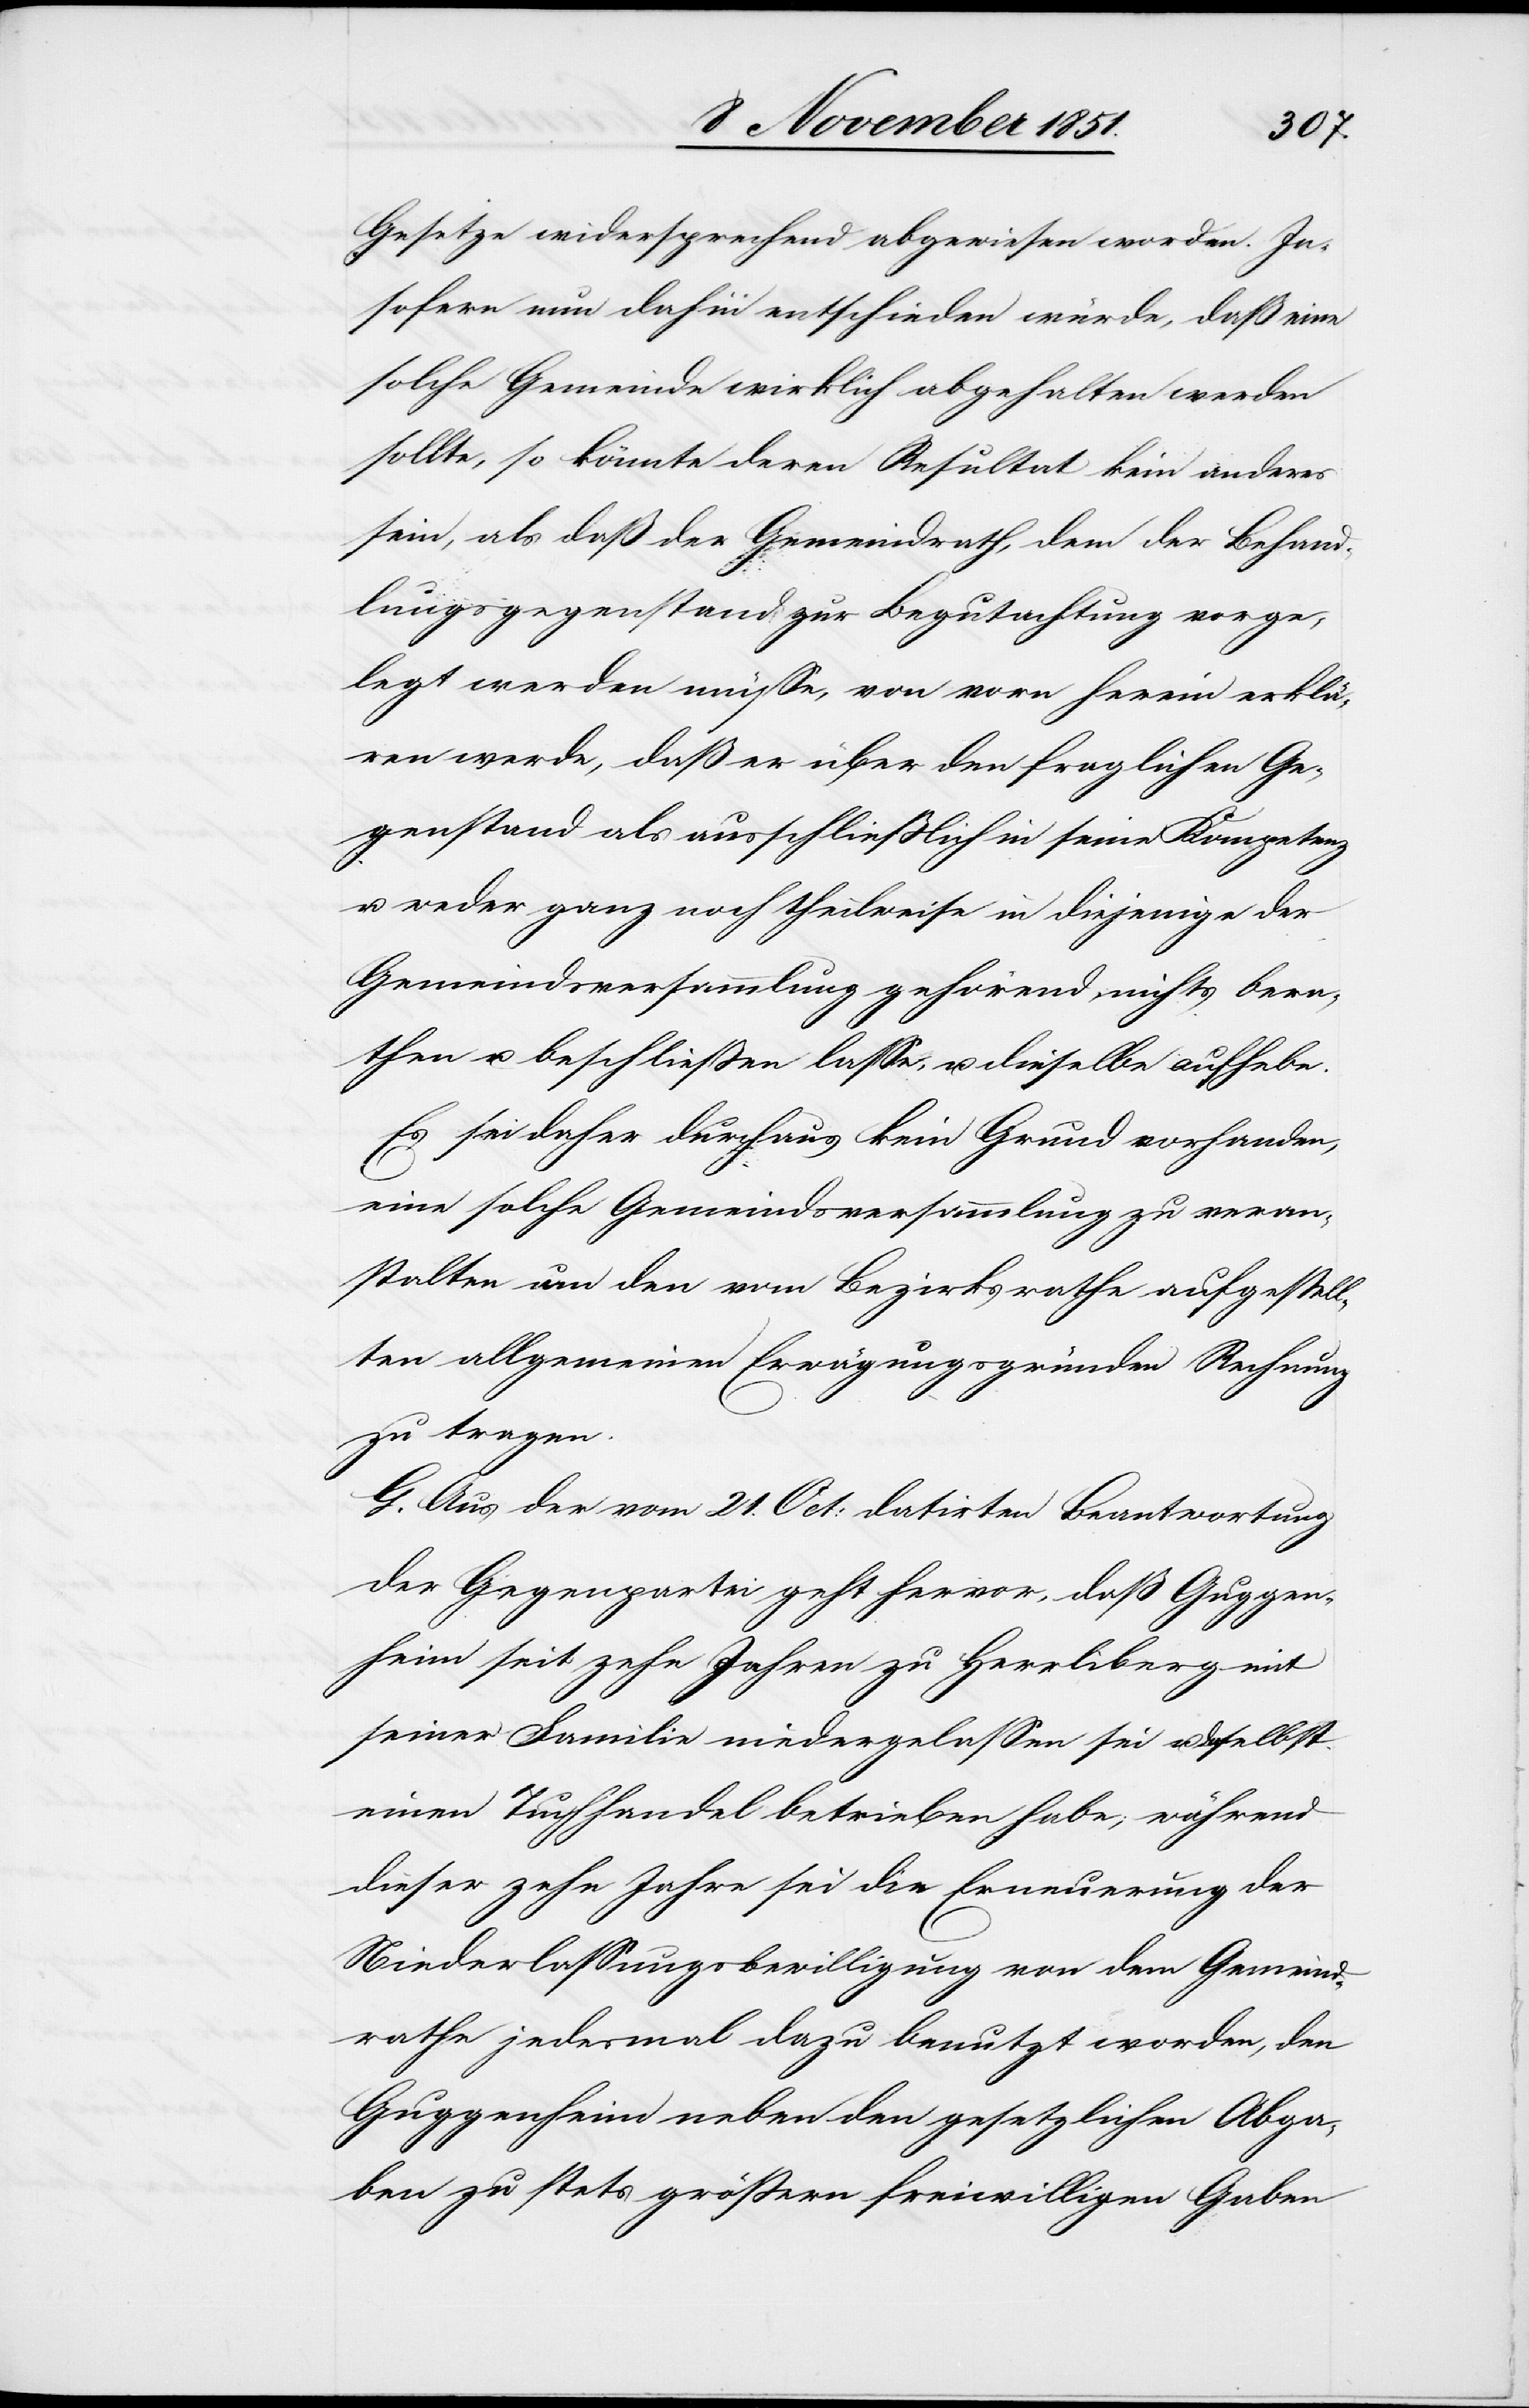
Gesetze widersprechend abgewiesen worden. In¬
sofern nun dahin entschieden würde, daß eine
solche Gemeinde wirklich abgehalten werden
sollte, so könnte deren Resultat kein anderes
sein, als daß der Gemeindrath, dem der Behand¬
lungsgegenstand zur Begutachtung vorge¬
legt werden müsse, von vorn herein erklä¬
ren werde, daß er über den fraglichen Ge¬
genstand als ausschließlich in seine Kompetenz
u. weder ganz noch theilweise in diejenige der
Gemeindsversammlung gehörend, nichts bera¬
then u. beschließen lasse, u. dieselbe aufhebe.
Es sei daher durchaus kein Grund vorhanden,
eine solche Gemeindsversammlung zu veran¬
stalten um den vom Bezirksrathe aufgestell¬
ten allgemeinen Erwägungsgründen Rechnung
zu tragen.
G. Aus der vom 21. Oct: datirten Beantwortung
der Gegenpartei geht hervor, daß Guggen¬
heim seit zehn Jahren zu Herrliberg mit
seiner Familie niedergelassen sei u. daselbst
einen Tuchhandel betrieben habe; während
dieser zehn Jahre sei die Erneuerung der
Niederlassungsbewilligung von dem Gemeind¬
rathe jedesmal dazu benutzt worden, den
Guggenheim neben den gesetzlichen Abga¬
ben zu stets größern freiwilligen Gaben